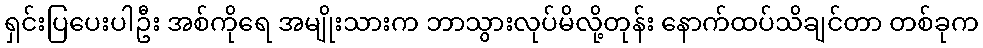
ရှင်းပြပေးပါဦး အစ်ကိုရေ အမျိုးသားက ဘာသွားလုပ်မိလို့တုန်း နောက်ထပ်သိချင်တာ တစ်ခုက